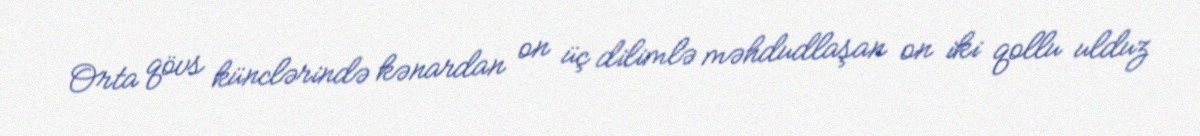
Orta qövs künclərində kənardan on üç dilimlə məhdudlaşan on iki qollu ulduz